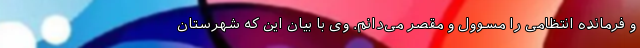
و فرمانده انتظامی را مسوول و مقصر می‌دانم. وی با بیان این که شهرستان